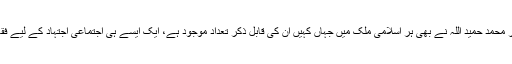
بیسویں صدی کے نامور محقق ڈاکٹر محمد حمید اللہ نے بھی ہر اسلامی ملک میں جہاں کہیں ان کی قابل ذکر تعداد موجود ہے، ایک ایسے ہی اجتماعی اجتہاد کے لیے فقہ اکیڈمیز قائم کرنے پر توجہ دلائی۔